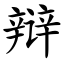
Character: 辩